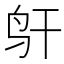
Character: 𱉋